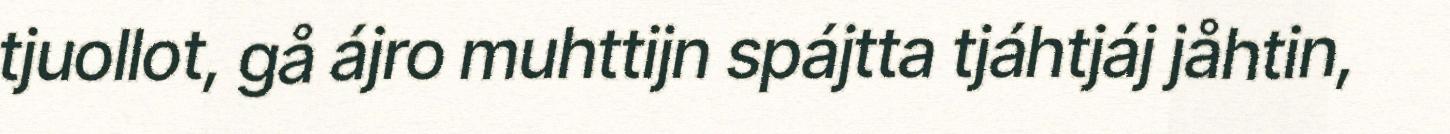
tjuollot, gå ájro muhttijn spájtta tjáhtjáj jåhtin,